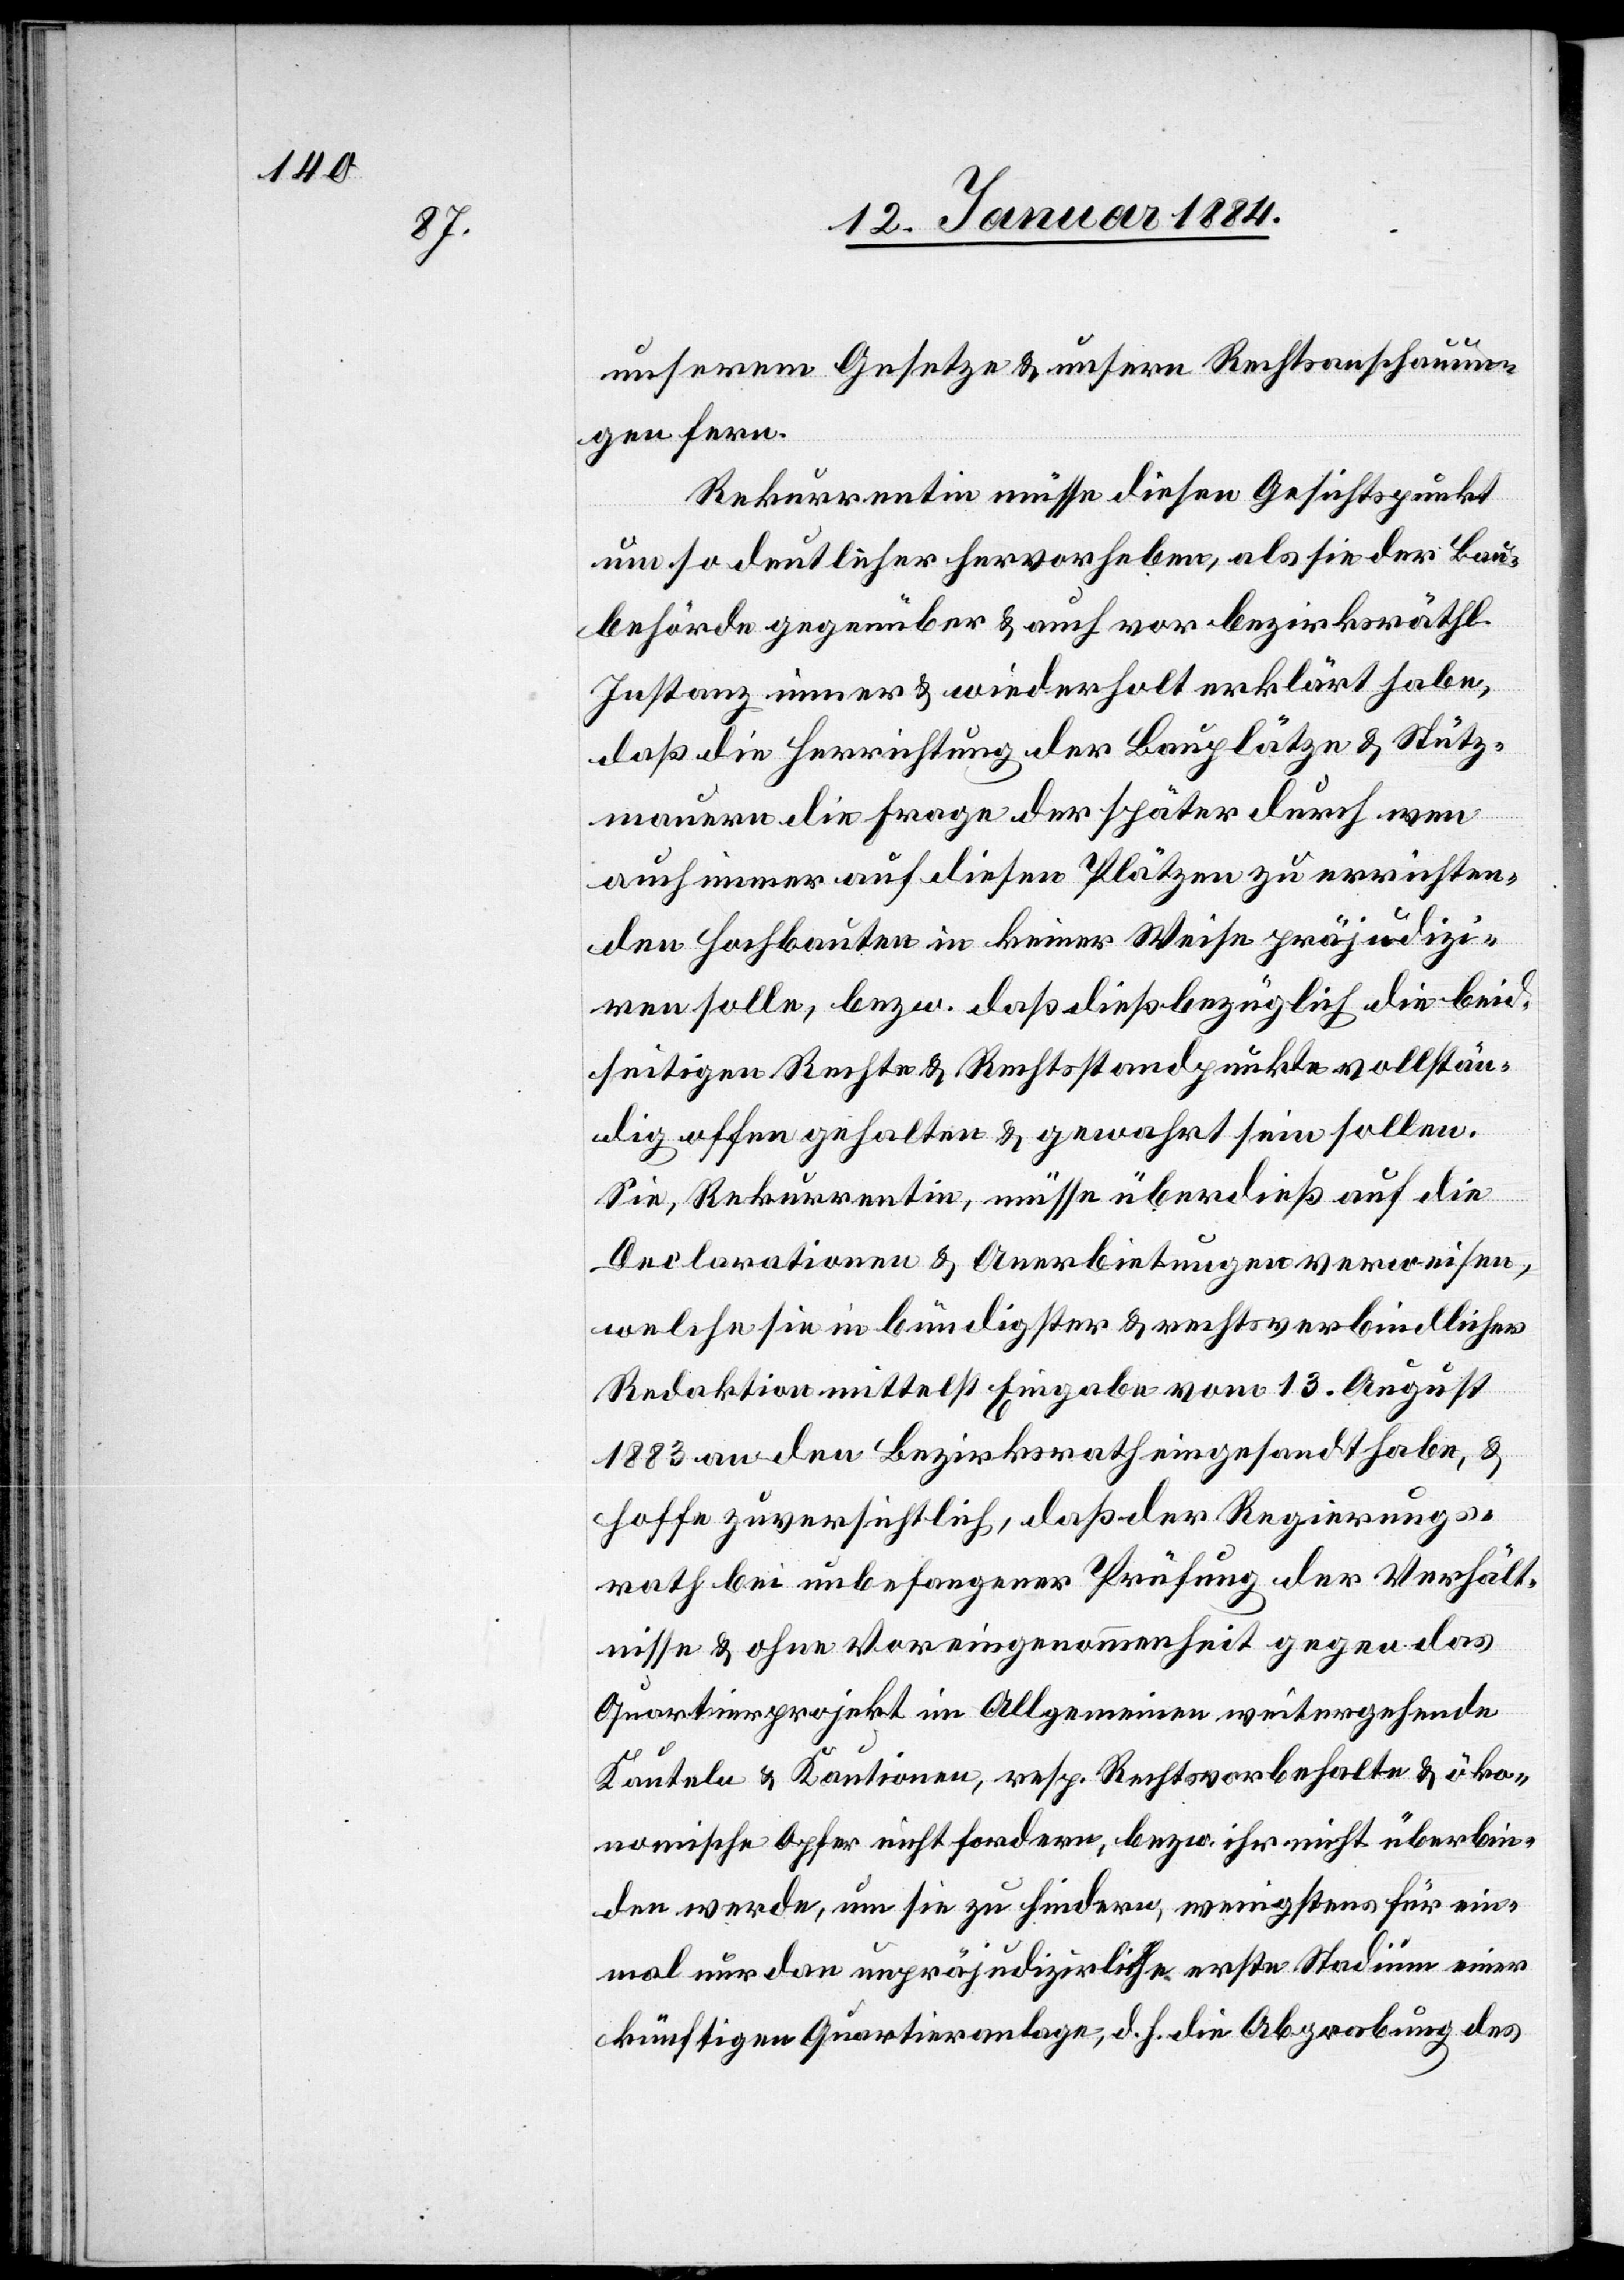
unserem Gesetze & unsern Rechtsanschauun¬
gen fern.
Rekurrentin müsse diesen Gesichtspunkt
um so deutlicher hervorheben, als sie der Bau¬
behörde gegenüber & auch vor bezirksräthl.
Instanz immer & wiederholt erklärt habe,
daß die Herrichtung der Bauplätze & Stütz¬
mauern die Frage der später durch wen
auch immer auf diesen Plätzen zu errichten¬
den Hochbauten in keiner Weise präjudizi¬
ren solle, bzw. daß diesbezüglich die beid¬
seitigen Rechte & Rechtsstandpunkte vollstän¬
dig offen gehalten & gewahrt sein sollen.
einer
Sie, Rekurrentin, müsse überdieß auf die
Declarationen & Anerbietungen verweisen,
welche sie in bündigster & rechtsverbindlicher
Redaktion mittelst Eingabe vom 13. August
1883 an den Bezirksrath eingesandt habe, &
hoffe zuversichtlich, daß der Regierungs¬
rath bei unbefangener Prüfung der Verhält¬
nisse & ohne Voreingenommenheit gegen das
Quartierprojekt im Allgemeinen weitergehende
Kantele & Kautionen, resp. Rechtsvorbehalte & öko¬
nomische Opfer nicht fordere, wenigstens für einmal nur dan
künftigen Quartieranlage, d. h. die Abgabe des